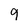
Character: 9